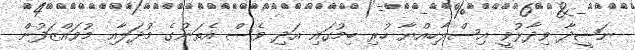
ނަޝީދާ ވިދާޅުވީ އިސްލާހިއްޔާ ހުރި ބިމުގައި އަދި ވެސް އެތަނުގެ މުދަލާއި މުވައްޒަފުން